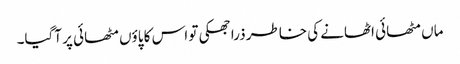
ماں مٹھائی اٹھانے کی خاطر ذرا جھکی تو اس کا پاؤں مٹھائی پر آگیا۔